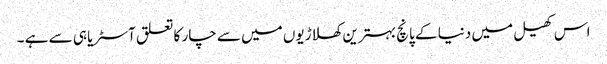
اس کھیل میں دنیا کے پانچ بہترین کھلاڑیوں میں سے چار کا تعلق آسٹریا ہی سے ہے ۔